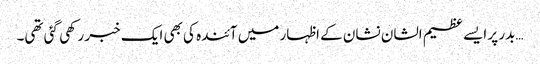
…بدر پر ایسے عظیم الشان نشان کے اظہار میں آئندہ کی بھی ایک خبر رکھی گئی تھی۔